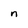
Character: n